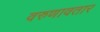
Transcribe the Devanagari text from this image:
वरुणावतार